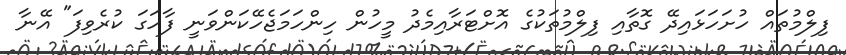
ފިލްމުތައް ހުށަހަޅައިދޭ ގޮތާއި ފިލްމުތަކުގެ އޮށްޓަރާއިމެދު މީހުން ހިންހަމަޖެހޭކަންވަނީ ފާހަގަ ކުރެވިފަ" އޭނާ